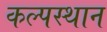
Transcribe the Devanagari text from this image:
कल्पस्थान